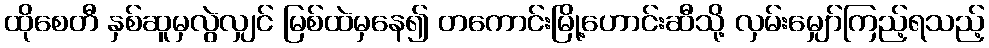
ထိုစေတီ နှစ်ဆူမှလွဲလျှင် မြစ်ထဲမှနေ၍ တကောင်းမြို့ဟောင်းဆီသို့ လှမ်းမျှော်ကြည့်ရသည့်